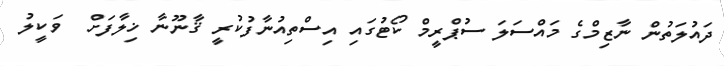
ދައުލަތުން ނާޒިމްގެ މައްސަލަ ސުޕްރީމް ކޯޓުގައި އިސްތިއުނާފުކުރީ ޤާނޫނާ ޚިލާފަށް  ވަކީލު